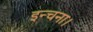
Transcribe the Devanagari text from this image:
इन्चना।